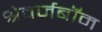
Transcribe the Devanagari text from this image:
श्रेवर्जबॉम